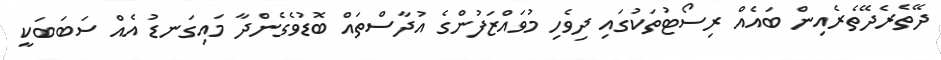
ދޭތެރެދޭތެރެއިން ބައެއް ރިސޯޓުތަކުގައި ދިވެހި މުވައްޒަފުންގެ އުދާސްތައް ބޮޑުވެގެންދާ މައިގަނޑު އެއް ސަބަބަކީ